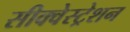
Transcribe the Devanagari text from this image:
सीक्वेस्ट्रेशन